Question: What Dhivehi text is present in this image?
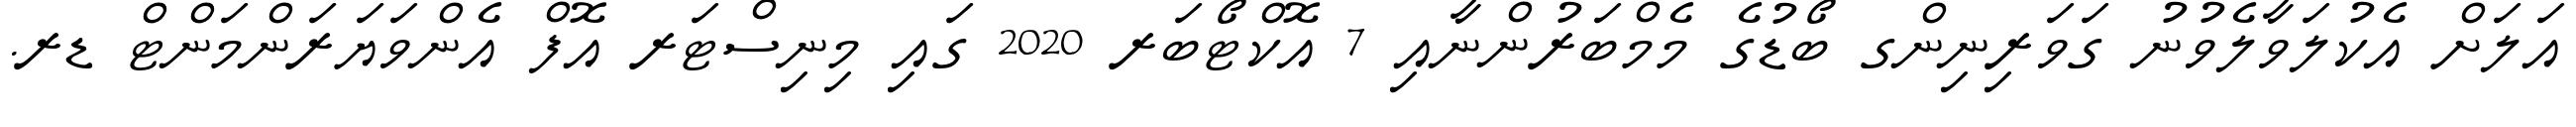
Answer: އަލަށް އެކުލަވާލެވުނު ގަވަރިނިންގ ބޯޑުގެ މެމްބަރުންނާއި 7 އޮކްޓޯބަރ 2020 ގައި މިނިސްޓަރ އޮފް އެންވަޔަރަންމަންޓް ޑރ.